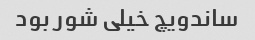
ساندویچ خیلی شور بود